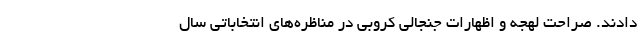
دادند. صراحت لهجه و اظهارات جنجالی کروبی در مناظره‌های انتخاباتی سال